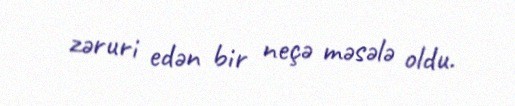
zəruri edən bir neçə məsələ oldu.